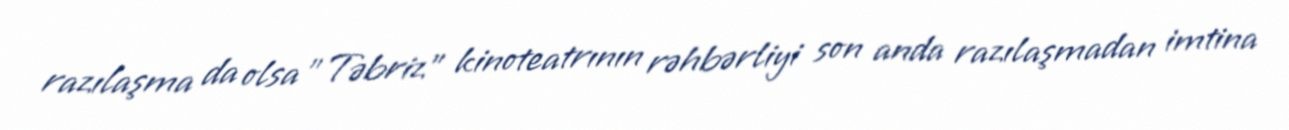
razılaşma da olsa ”Təbriz" kinoteatrının rəhbərliyi son anda razılaşmadan imtina